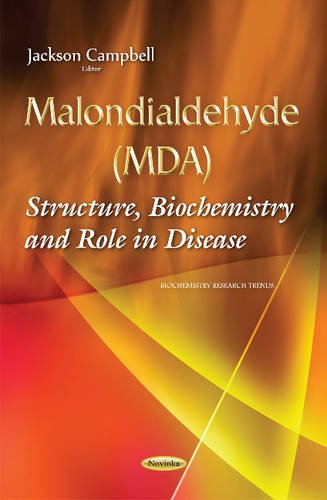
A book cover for Malondialdehyde (MDA): Structure, Biochemistry and Role in Disease (Biochemistry Research Trends); Engineering & Transportation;